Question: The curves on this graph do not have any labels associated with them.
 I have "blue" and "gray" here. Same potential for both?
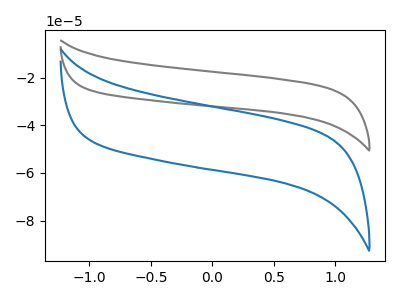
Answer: <think>The gray curve "gray" has no peaks. The blue curve "blue" has no peaks.
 Neither "blue" or "gray" have any peaks.</think>
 <answer>"blue" and "gray" are similar in shape.</answer>
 <eval>same_shape</eval>